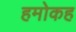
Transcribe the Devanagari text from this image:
हमोकह